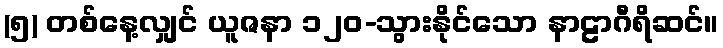
(၅) တစ်နေ့လျှင် ယူဇနာ ၁၂၀-သွားနိုင်သော နာဠာဂီရိဆင်။